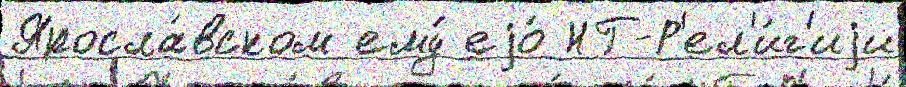
Яросла́вском ему́ еjо́ НГ-Р'ел'и́г'иjи